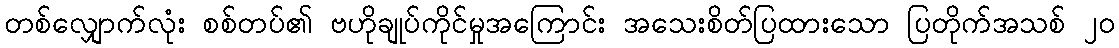
တစ်လျှောက်လုံး စစ်တပ်၏ ဗဟိုချုပ်ကိုင်မှုအကြောင်း အသေးစိတ်ပြထားသော ပြတိုက်အသစ် ၂၀